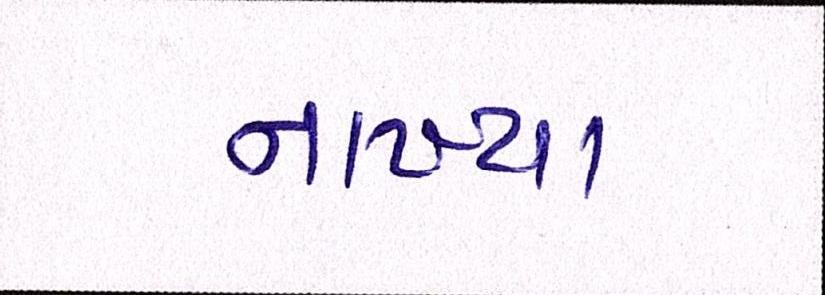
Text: નાખ્યા